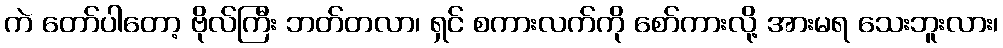
ကဲ တော်ပါတော့ ဗိုလ်ကြီး ဘတ်တလာ၊ ရှင် စကားလက်ကို စော်ကားလို့ အားမရ သေးဘူးလား၊